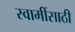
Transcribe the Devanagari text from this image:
स्वामींसाठी